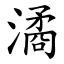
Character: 潏